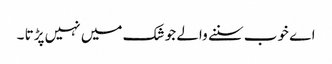
اے خوب سننے والے جو شک میں نہیں پڑتا ۔